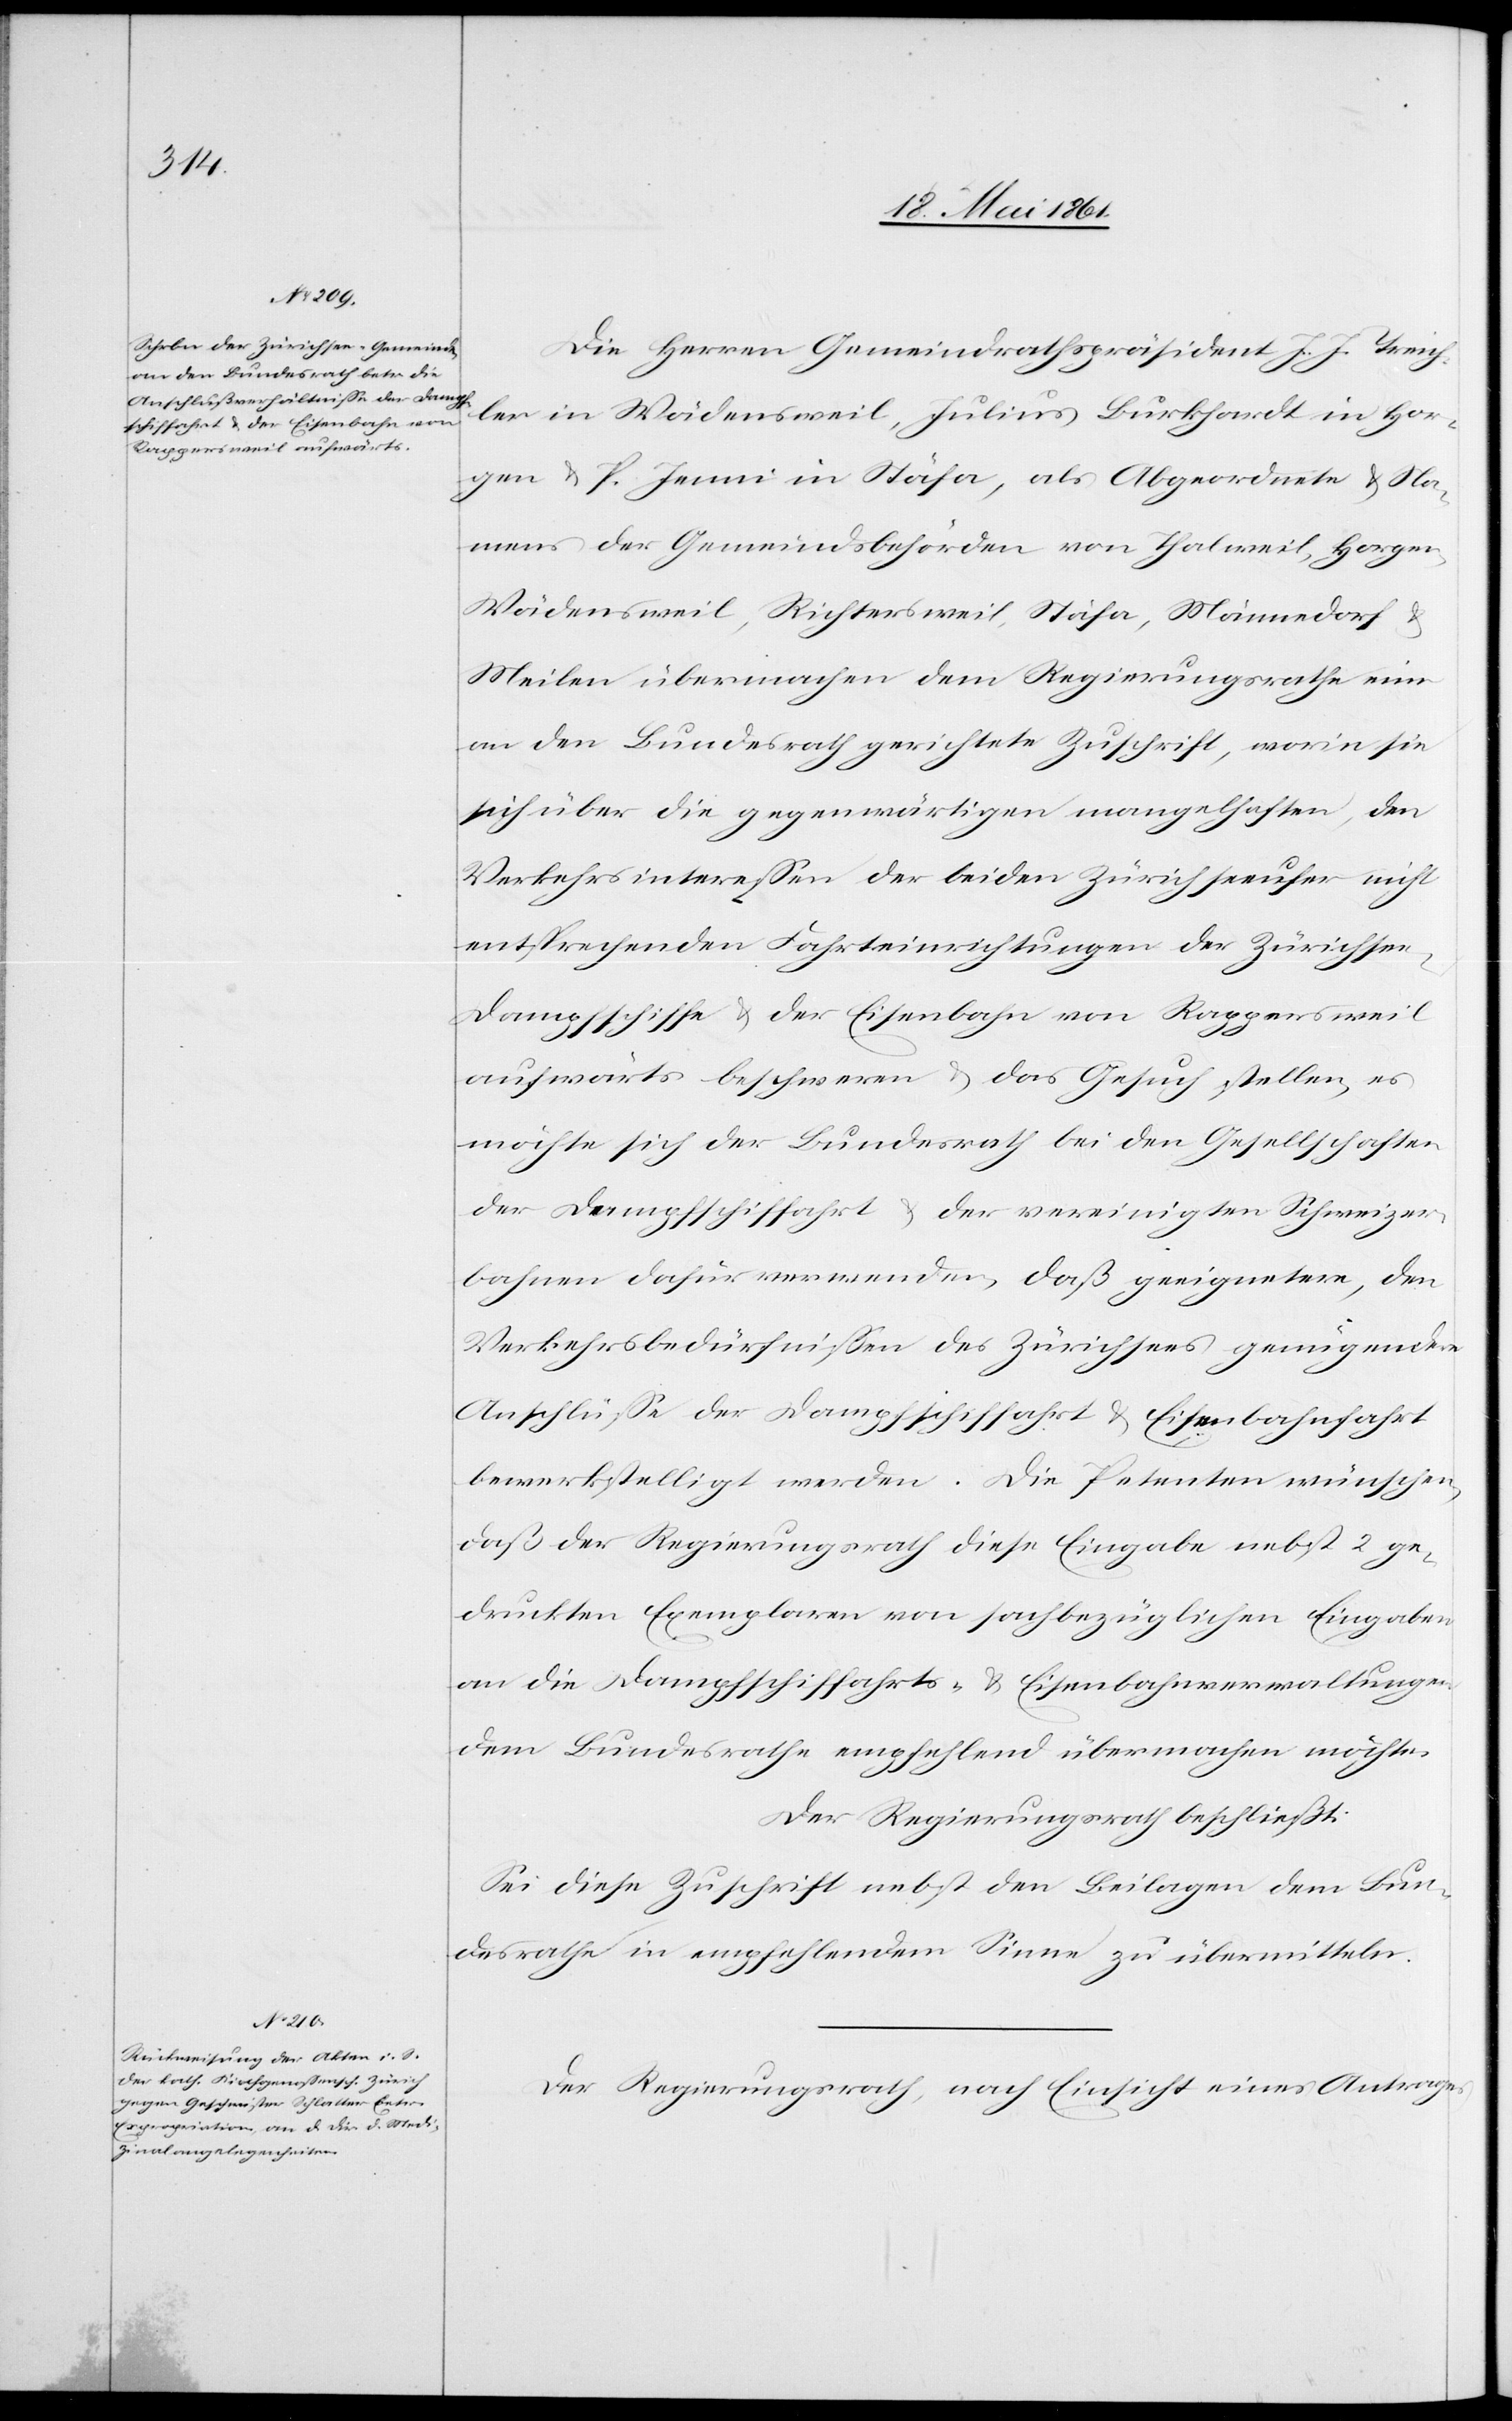
Die Herren Gemeindrathspräsident J. J. Treich¬
ler in Wädensweil, Julius Burkhardt in Hor¬
gen u. P. Jenni in Stäfa, als Abgeordnete u. Na¬
mens der Gemeindsbehörden von Thalweil, Horgen,
Wädensweil, Richtersweil, Stäfa, Männedorf u.
Meilen übermachen dem Regierungsrathe eine
an den Bundesrath gerichtete Zuschrift, worin sie
sich über die gegenwärtigen mangelhaften, den
Verkehrsinteressen der beiden Zürichseeufer nicht
entsprechenden Fahrteinrichtungen der Zürichse¬
e-Dampfschiffe u. der Eisenbahn von Rappersweil
aufwärts beschweren u. das Gesuch stellen, es
möchte sich der Bundesrath bei den Gesellschaften
der Dampfschiffahrt u. der vereinigten Schweizer¬
bahnen dafür verwenden, daß geeignetere, den
Verkehrsbedürfnissen des Zürichsees genügendere
Anschlüsse der Dampfschiffahrt u. Eisenbahnfahrt
bewerkstelligt werden. Die Petenten wünschen,
daß der Regierungsrath diese Eingabe nebst 2 ge¬
druckten Exemplaren von sachbezüglichen Eingaben
an die Dampfschiffahrts- u. Eisenbahnverwaltungen
dem Bundesrathe empfehlend übermachen möchte.
Der Regierungsrath beschließt:
Sei diese Zuschrift nebst den Beilagen dem Bun¬
desrathe in empfehlendem Sinne zu übermitteln.
Der Regierungsrath, nach Einsicht eines Antrages